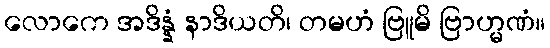
လောကေ အဒိန္နံ နာဒိယတိ၊ တမဟံ ဗြူမိ ဗြာဟ္မဏံ။